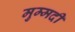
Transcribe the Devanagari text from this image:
मुम्मदी